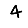
Digit: 4